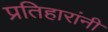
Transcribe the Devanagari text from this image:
प्रतिहारांनी